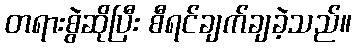
တရားစွဲဆိုပြီး စီရင်ချက်ချခဲ့သည်။